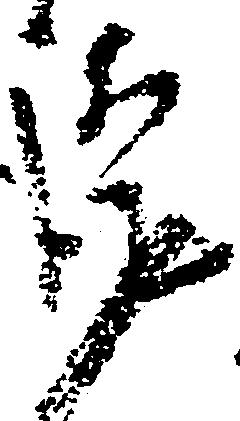
謹